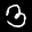
Label: 3